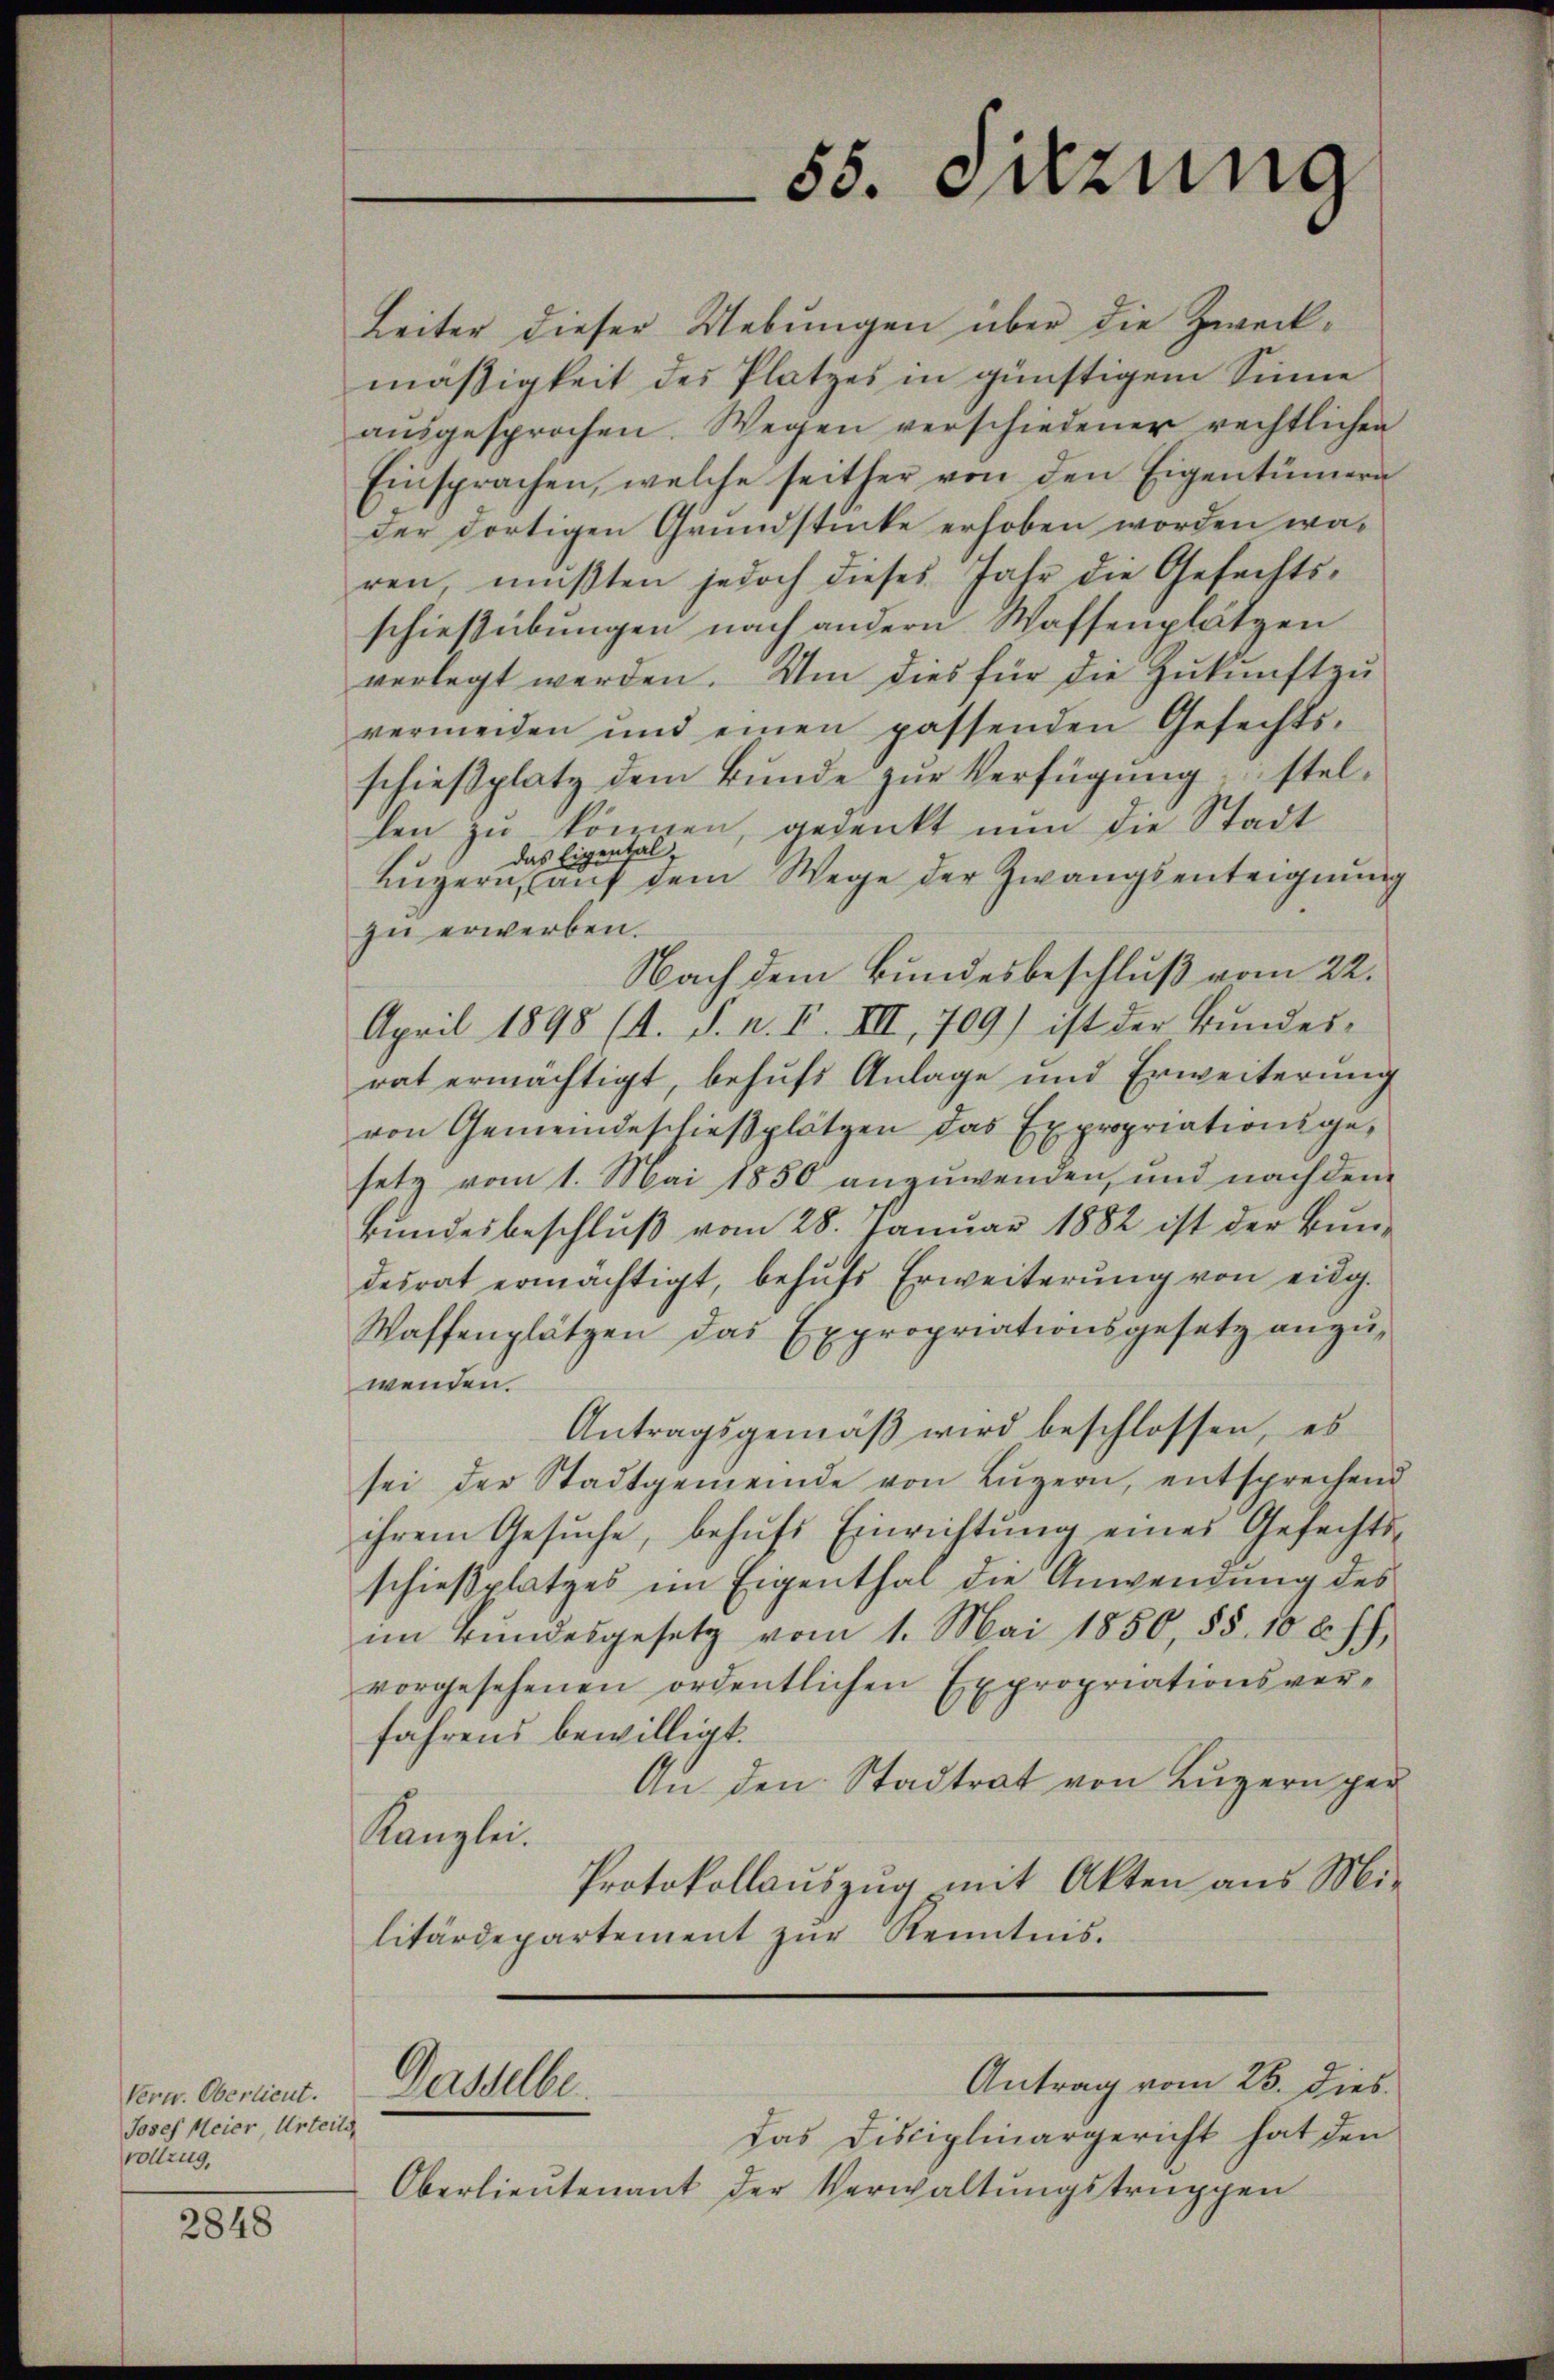
Vern. Oberlieut.
Josef Meier Urteils
vollzug,

2848

Leiter dieser Uebungen über die Zweckmäßigkeit des Platzes in günstigem Sinne
aŭsgesprochen. Wegen verschiedener rechtlichen
Einsprachen, welche seither von den Eigentümern
der dortigen Grundstücke erhoben worden wären, mußten jedoch dieses Jahr die Gefechtsschießübungen nach andern Waffenplätzen
verlegt werden. Um dies für die Zukunft zu
vermeiden und einen passenden Gefechts-
schieβplatz dem Bŭnde zŭr Verfügŭng, stellen zu können, gedenkt nun die Stadt
das Eigenthal,
Luzern, auf dem Wege der Zwangsenteignung
zu erwerben.
Nach dem Bundesbeschluß vom 22.
April 1898 (4. S. n. F. III, 709) ist der Bŭndes-
rat ermächtigt, behufs Anlage und Erweiterung
von Gemeindeschießplätzen das Expropriationsgesetz vom 1. Mai 1850 anzuwenden, und nach dem
Bundesbeschluß vom 28. Januar 1882 ist der Bundesrat ermächtigt, behŭfs Erweiterŭng von eidg.
Waffenplätzen das Expropriationsgesetz anzŭ-
wenden.
Antragsgemäβ wird beschlossen, es
sei der Stadtgemeinde von Lŭzern, entsprechend
ihrem Gesuche, behufs Einrichtung eines Gefechts-
schießplatzes im Eigenthal die Anwendung des
im Bundesgesetz vom 1. Mai 1850, 55. 10 l. J.,
vorgesehenen ordentlichen Expropriationsverfahrens bewilligt.
An den Stadtrat von Luzern ger
Kanzlei.
Protokollauszug mit Akten aus Mi-
litärdepartement zur Kenntnis.

Dasselbe

55. Setzung

Das Disciplinargericht hat den
Oberlieŭtenant der Verwaltŭngstruppen

Antrag vom 26. dies